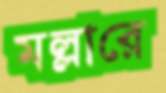
মল্লারে